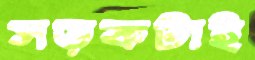
সড়কটাই